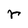
Character: r